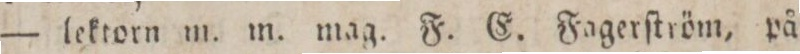
— lektorn m. m. mag. F. E. Fagerſtröm, på